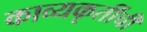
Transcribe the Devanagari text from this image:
काव्यकृतींची